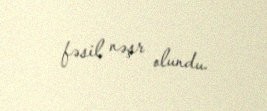
fəsil nəşr olundu.